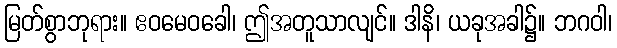
မြတ်စွာဘုရား။ ဧဝမေဝခေါ၊ ဤအတူသာလျင်။ ဒါနိ၊ ယခုအခါ၌။ ဘဂဝါ၊